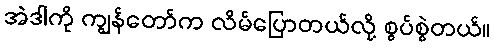
အဲဒါကို ကျွန်တော်က လိမ်ပြောတယ်လို့ စွပ်စွဲတယ်။